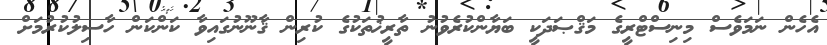
އެހެން ނަމަވެސް މިނިސްޓްރީގެ މަޤްޞަދަކީ ބަޔާންކުރެވުނު ތާރީޚުތަކުގެ ކުރިން ޤާނޫނުގައިވާ ކަންކަން ހާސިލުކުރުމަށް